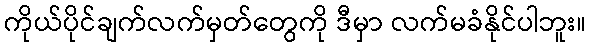
ကိုယ်ပိုင်ချက်လက်မှတ်တွေကို ဒီမှာ လက်မခံနိုင်ပါဘူး။